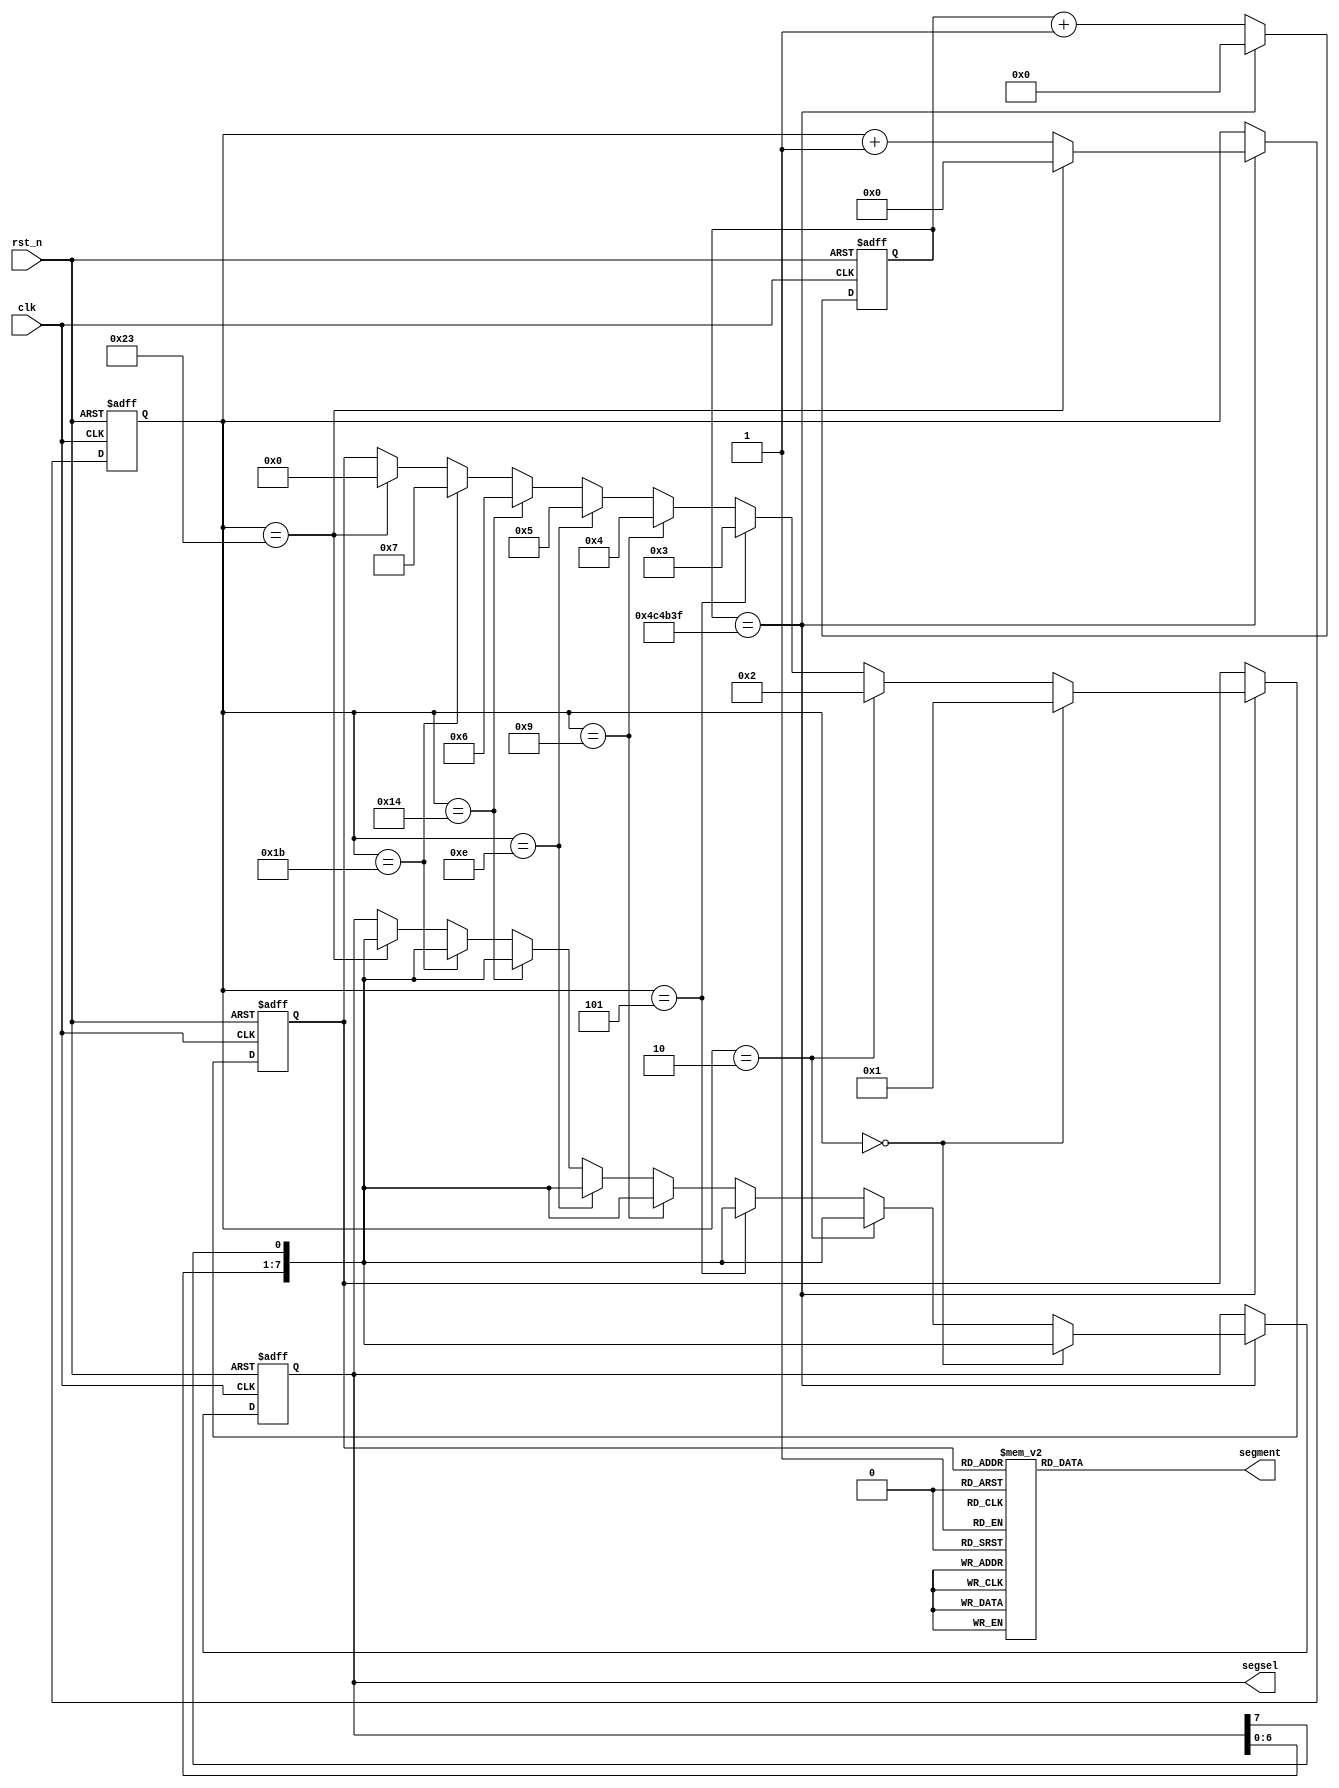
module seg_led (
	clk,
	rst_n,
	segment,
	segsel
);

input clk ;
input rst_n;

output[7:0] segment;
output[7:0] segsel;
reg[7:0] segment;
reg[7:0] segsel;

parameter DATA0   = 8'b00000011  ;
parameter DATA1   = 8'b11110011  ;
parameter DATA2   = 8'b00100101  ;
parameter DATA3   = 8'b00001101  ;
parameter DATA4   = 8'b10011001  ;
parameter DATA5   = 8'b01001001  ;
parameter DATA6   = 8'b01000001  ;
parameter DATA7   = 8'b00011111  ;
parameter DATA8   = 8'b00000001  ;
parameter DATA9   = 8'b00001001  ;

parameter TIME_1s = 5_000_000 ;
reg[23:0] cnt_1s;

always @(posedge clk or negedge rst_n)begin
    if(!rst_n)begin
        cnt_1s <= 0;
    end
    else begin
        if(cnt_1s==TIME_1s-1) cnt_1s <= 0;
        else cnt_1s <= cnt_1s + 1;
    end
end

reg[5:0] cnt_45s;
always @(posedge clk or negedge rst_n)begin
    if(!rst_n)begin
        cnt_45s <= 0;
    end
    else if( cnt_1s==TIME_1s-1 ) begin
        if(cnt_45s==35) cnt_45s <= 0;
        else cnt_45s <= cnt_45s + 1;
    end
end


reg[3:0] dis_value;

always@(posedge clk or negedge rst_n)begin
    if(rst_n==1'b0)begin
        dis_value<=0;
    end
    else if(cnt_1s==TIME_1s-1) begin
        if(cnt_45s==0) dis_value<=1;
		else if(cnt_45s==2) dis_value<=2;
		else if(cnt_45s==5) dis_value<=3;
		else if(cnt_45s==9) dis_value<=4;
		else if(cnt_45s==14) dis_value<=5;
		else if(cnt_45s==20) dis_value<=6;
		else if(cnt_45s==27) dis_value<=7;
		else if(cnt_45s==35) dis_value<=0;	
    end
end

always@(posedge clk or negedge rst_n)begin
    if(rst_n==1'b0)begin
        segsel<=8'hfe;
    end
    else if(cnt_1s==TIME_1s-1) begin
        if(cnt_45s==0) segsel<={segsel[6:0],segsel[7]};
		else if(cnt_45s==2) segsel<={segsel[6:0],segsel[7]};
		else if(cnt_45s==5) segsel<={segsel[6:0],segsel[7]};
		else if(cnt_45s==9) segsel<={segsel[6:0],segsel[7]};
		else if(cnt_45s==14) segsel<={segsel[6:0],segsel[7]};
		else if(cnt_45s==20) segsel<={segsel[6:0],segsel[7]};
		else if(cnt_45s==27) segsel<={segsel[6:0],segsel[7]};
		else if(cnt_45s==35) segsel<={segsel[6:0],segsel[7]};	
    end
end



always@(*)begin
	case(dis_value)
        0:  segment <= DATA0      ;
        1:  segment <= DATA1      ;
        2:  segment <= DATA2      ;
        3:  segment <= DATA3      ;
        4:  segment <= DATA4      ;
        5:  segment <= DATA5      ;
        6:  segment <= DATA6      ;
        7:  segment <= DATA7      ;
        8:  segment <= DATA8      ;
        9:  segment <= DATA9      ;
        default:segment <= 8'hff  ;
    endcase
end


endmodule